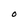
Character: O